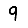
Digit: 9